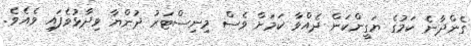
ގެންދާނެ ކަމުގެ ޔަގީންކަން ދެއްވާ ކަމަށް ވެސް މިނިސްޓަރު ދުންޔާ ވިދާޅުވެފައި ވެއެވެ.